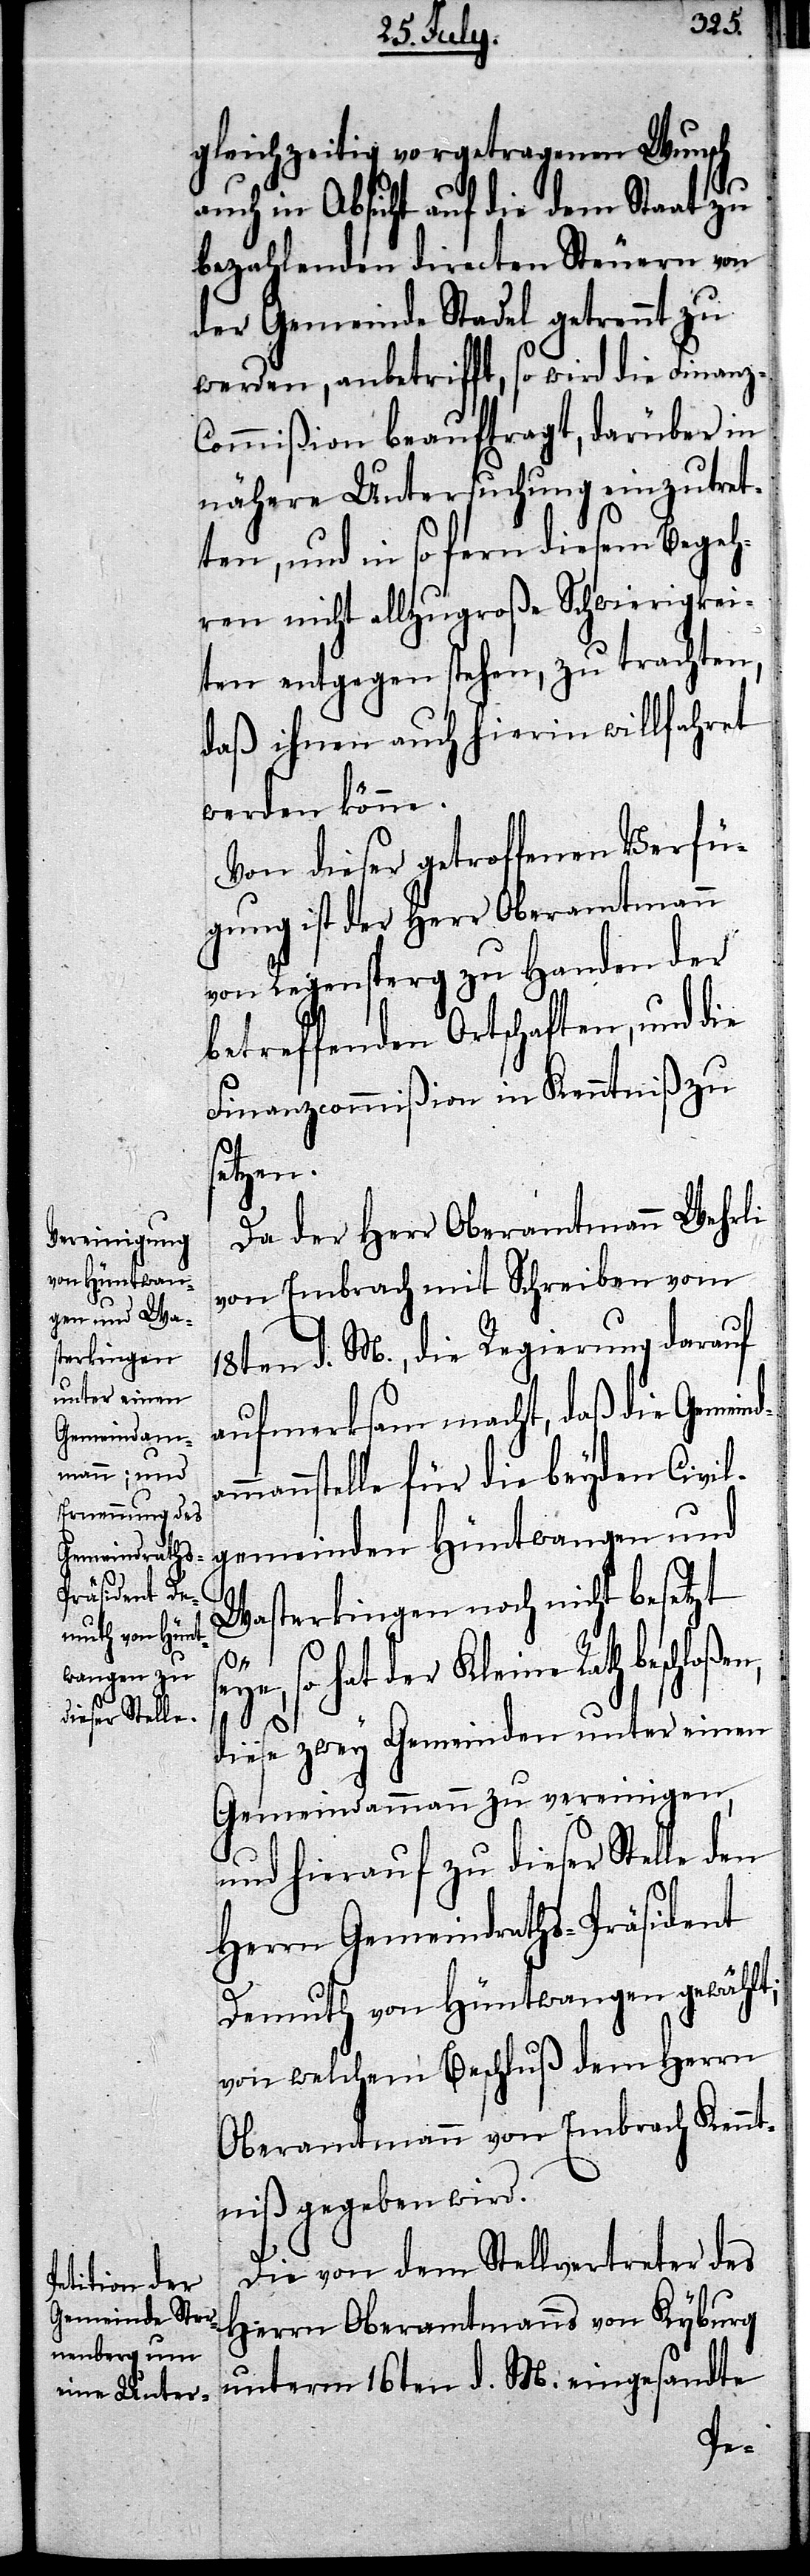
Gemeindam¬

gleichzeitig vorgetragenen Wunsch
auch in Absicht auf die dem Staat zu
bezahlenden directen Steuern von
der Gemeinde Stadel getrennt zu
werden, anbetrifft, so wird die Finanz¬
commißion beauftragt, darüber in
nähere Untersuchung einzutret¬
en, und in so fern diesem Begeh¬
ren nicht allzugroße Schwierigkei¬
ten entgegen stehen, zu trachten,
daß ihnen auch hierin willfahret
werden könne.
Von dieser getroffenen Verfü¬
gung ist der Herr Oberamtmann
von Regensperg zu Handen der
betreffenden Ortschaften, und die
Finanzcommißion in Kenntniß zu
etzen.
Da der Herr Oberamtmann Wehrli
von Embrach mit Schreiben vom
18ten d. M., die Regierung darauf
aufmerksam macht, daß die
mannstelle für die beyden Civil¬
gemeinden Hüntwangen und
s¬
Wasterkingen noch nicht besetzt
so hat der Kleine Rath beschloß¬
en,
diese zwey Gemeinden unter einen
Gemeindammann zu vereinigen,
und hierauf zu dieser Stelle den
Herrn Gemeindraths-Präsident
Demuth von Hüntwangen gewählt;
von welchem Beschluß dem Herrn
Oberamtmann von Embrach Kennt¬
niß gegeben wird.
Die von dem Stellvertreter des
Herrn Oberamtmann von Kyburg
unterm 16. d. M. eingesandte